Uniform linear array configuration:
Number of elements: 32
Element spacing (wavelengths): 1
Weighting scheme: cosine
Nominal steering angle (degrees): -60
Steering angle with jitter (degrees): -59.333
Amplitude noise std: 0.05
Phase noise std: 0.05

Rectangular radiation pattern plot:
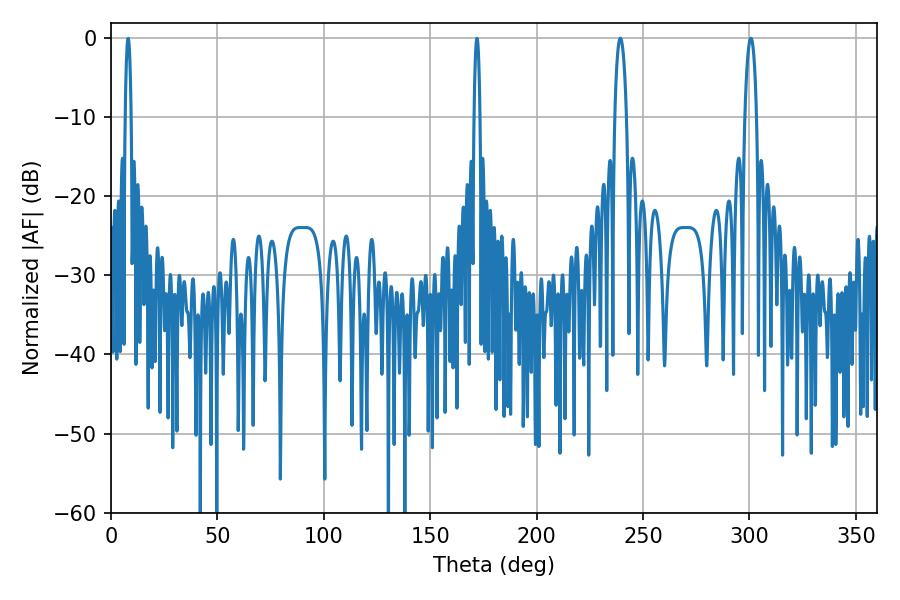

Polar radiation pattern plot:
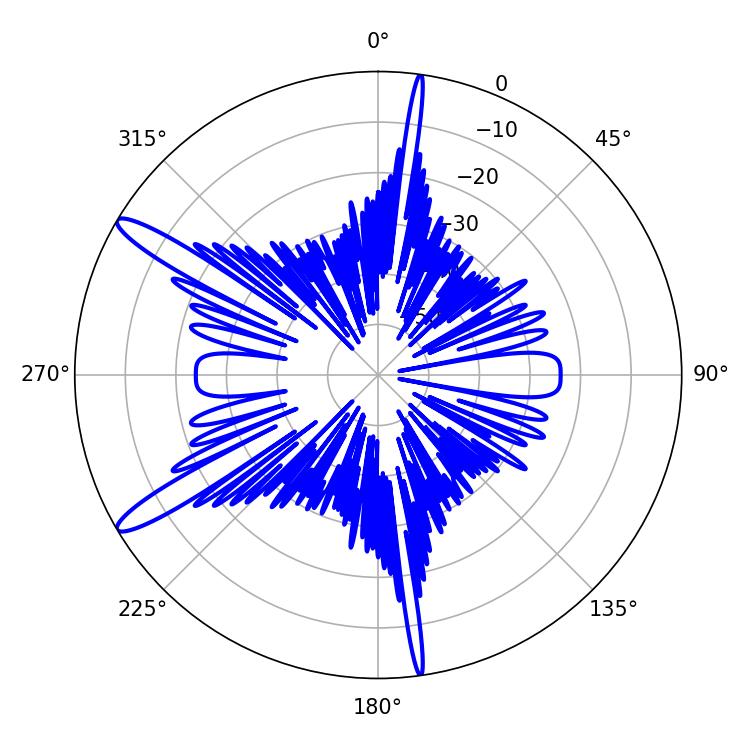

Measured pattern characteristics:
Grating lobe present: TRUE
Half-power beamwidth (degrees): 3.06
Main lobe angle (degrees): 300.6